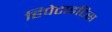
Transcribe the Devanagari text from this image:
हिपेटाइटिस